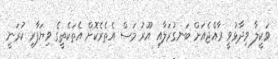
ވަކީލާ ވިދާޅުވީ ރާއްޖެއަށް ބަނގުރަލާއި އޫރު މަސް އެތެރެކޮށް އެތަކެތީގެ ވިޔަފާރި ކުރަނީ